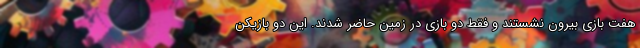
هفت بازی بیرون نشستند و فقط دو بازی در زمین حاضر شدند. این دو بازیکن